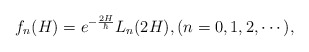
\begin{align*}f_n(H)=e^{-\frac{2H}{\hbar}}L_n(2H),(n=0,1,2,\cdots),\end{align*}